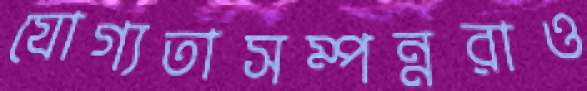
যোগ্যতাসম্পন্নরাও